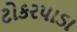
ટોકરપાડા